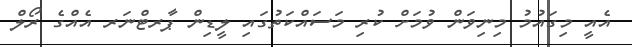
އެއީ މިގައުމު މިނިވަން ވުމަށް ކުރި މަސައްކަތުގައި ލީޑިން ޕާރޓްނަރ އެއްގެ ރޯލް